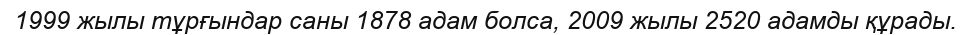
1999 жылы тұрғындар саны 1878 адам болса, 2009 жылы 2520 адамды құрады.